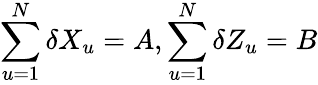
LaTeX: \sum_{u=1}^{N}\delta X_{u}=A,\sum_{u=1}^{N}\delta Z_{u}=B